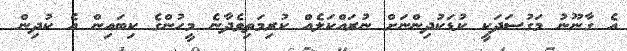
އެ ގާނޫނު މަގުސަދަކީ ކުޑަކުދިންނަށް ނުރައްކަލެއް ކުރިމަތިވެދާނެ މީހުންގެ ކިބައިން އެ ކުދިން